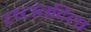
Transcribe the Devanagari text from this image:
दृष्टांतदिला